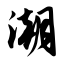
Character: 潮